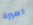
اميرة